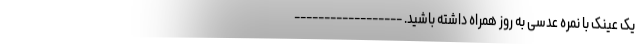
یک عینک با نمره عدسی به روز همراه داشته باشید. ------------------